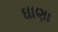
ઘાણા